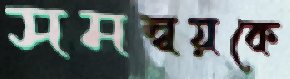
সমন্বয়কে